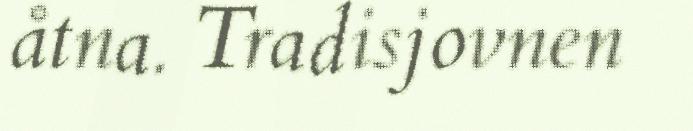
åtna. Tradisjovnen